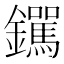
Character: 𫓟